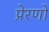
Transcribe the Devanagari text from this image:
प्रेरणों